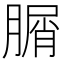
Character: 𦞚